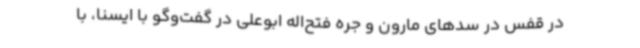
در قفس در سدهای مارون و جره فتح‌اله ابوعلی در گفت‌وگو با ایسنا، با